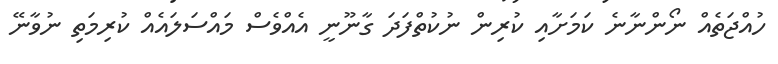
ހުއްޖަތެއް ނޯންނާނެ ކަމަށާއި ކުރިން ނުކުތްފަދަ ގާނޫނީ އެއްވެސް މައްސަލައެއް ކުރިމަތި ނުވާނޭ